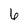
Character: 6